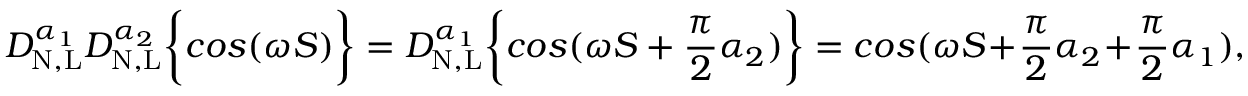
D _ { \mathrm { N , L } } ^ { \alpha _ { 1 } } D _ { \mathrm { N , L } } ^ { \alpha _ { 2 } } \bigg \{ { c o s ( \omega S ) \bigg \} } = D _ { \mathrm { N , L } } ^ { \alpha _ { 1 } } \bigg \{ { c o s ( \omega S + \frac { \pi } { 2 } \alpha _ { 2 } ) \bigg \} } = c o s ( \omega S + \frac { \pi } { 2 } \alpha _ { 2 } + \frac { \pi } { 2 } \alpha _ { 1 } ) ,